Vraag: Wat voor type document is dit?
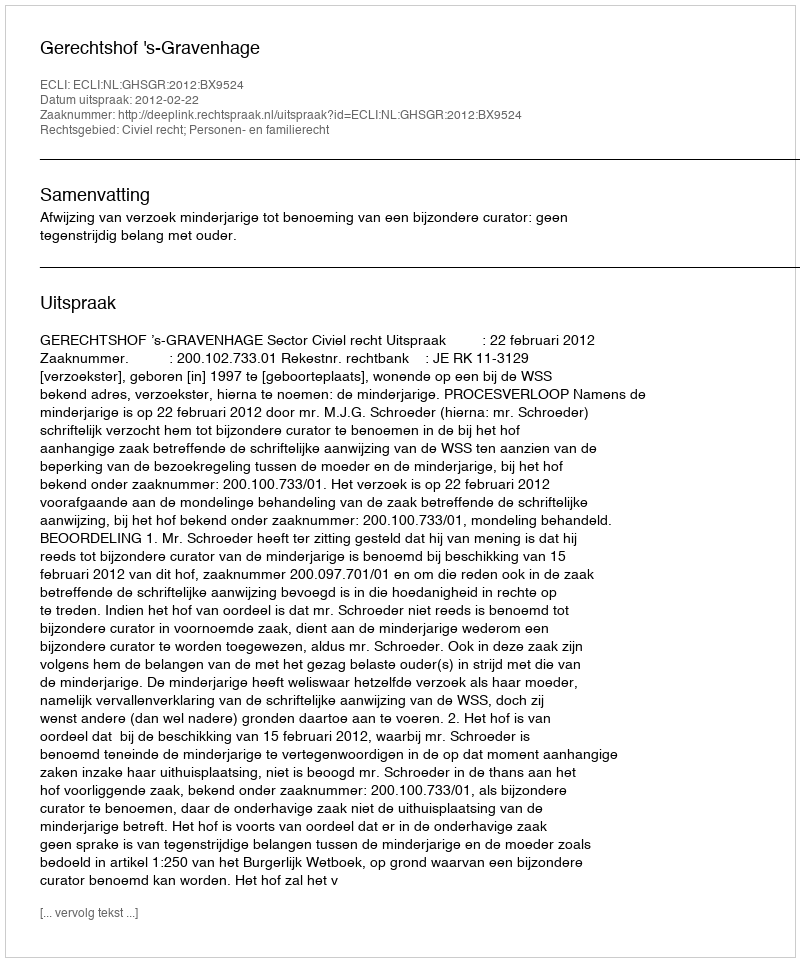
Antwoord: Uitspraak